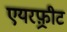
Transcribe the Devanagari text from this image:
एयरफ़्रीट